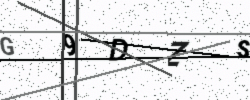
Text: G9DZS